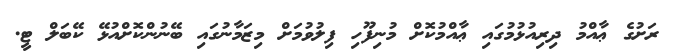
ރަށުގެ ޢާއްމު ދިރިއުޅުމުގައި ޢާއްމުކޮށް މުނިފޫހި ފިލުވުމަށް މިޒަމާނުގައި ބޭނުންކޮށްއުޅޭ ކޭބަލް ޓީ.